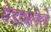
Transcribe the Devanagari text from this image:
रोडावलेले